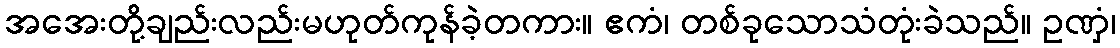
အအေးတို့ချည်းလည်းမဟုတ်ကုန်ခဲ့တကား။ ဧကံ၊ တစ်ခုသောသံတုံးခဲသည်။ ဥဏှံ၊